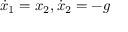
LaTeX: { \dot { x } } _ { 1 } = x _ { 2 } , { \dot { x } } _ { 2 } = - g